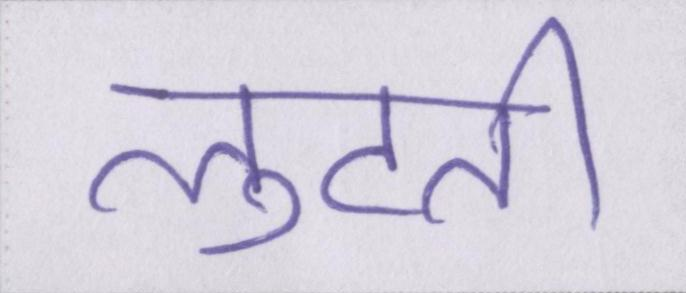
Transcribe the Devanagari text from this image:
लुटती